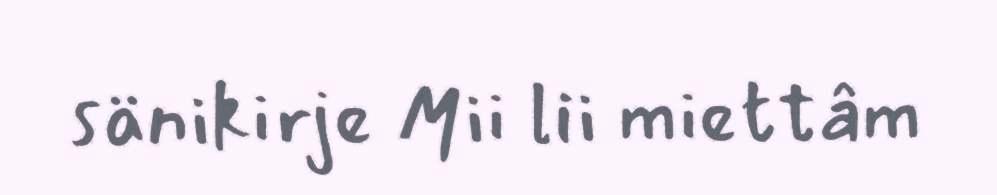
sänikirje Mii lii miettâm